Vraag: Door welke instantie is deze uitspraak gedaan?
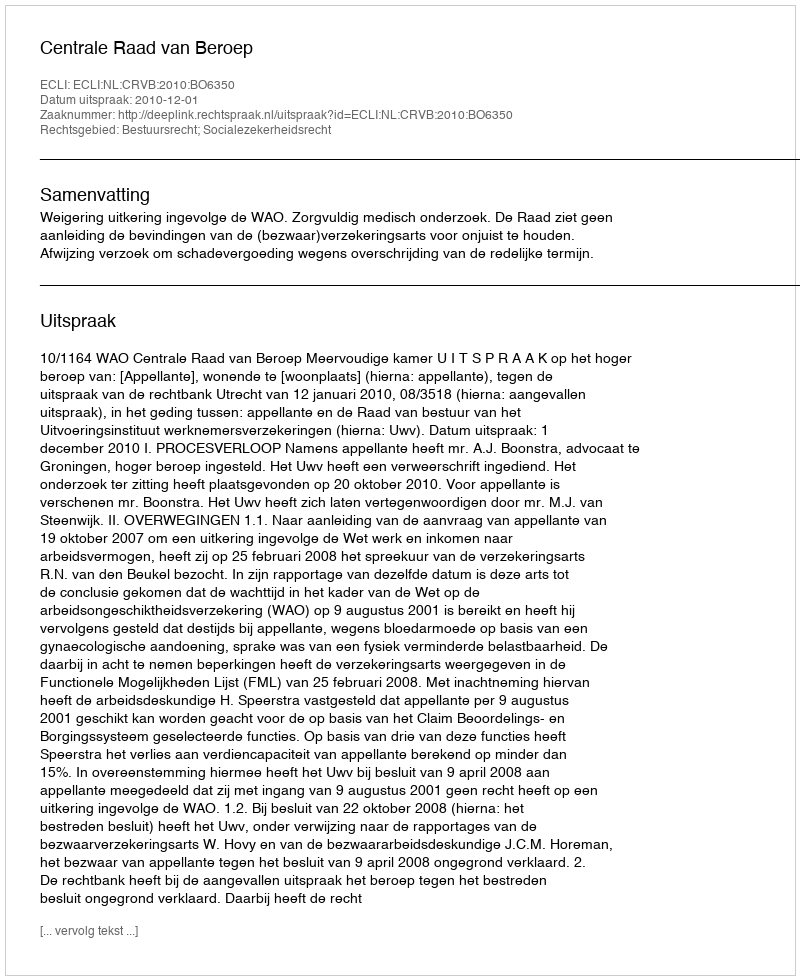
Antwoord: Centrale Raad van Beroep